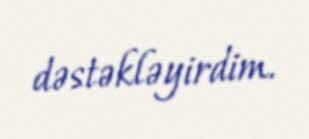
dəstəkləyirdim.